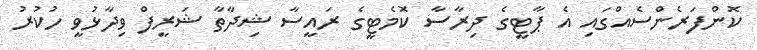
ކޮންފަރެންސެއްގައި އެ ޕާޓީގެ ދިރާސާ ކޮމެޓީގެ ރައީސާ ޝިދާތާ ޝަރީފް ވިދާޅުވީ ހުކުރު